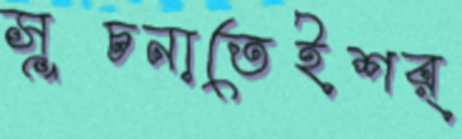
সূচনাতেইশর্